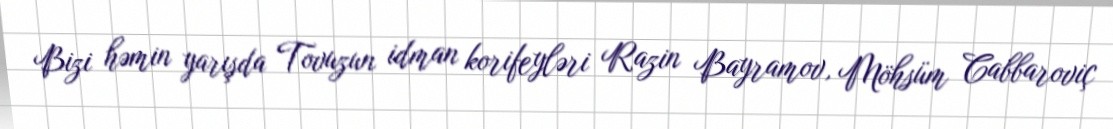
Bizi həmin yarışda Tovuzun idman korifeyləri Razin Bayramov, Möhsüm Cabbaroviç